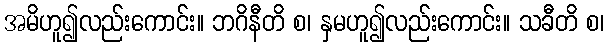
အမိဟူ၍လည်းကောင်း။ ဘဂိနီတိ စ၊ နှမဟူ၍လည်းကောင်း။ သခီတိ စ၊